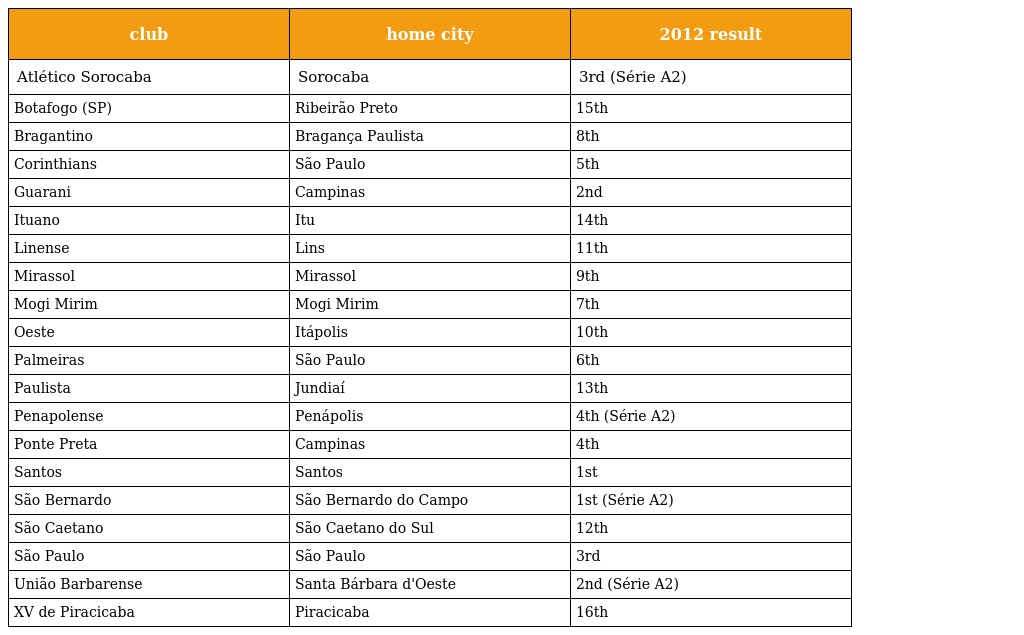
| club | home city | 2012 result |
 | --- | --- | --- |
 | Atlético Sorocaba | Sorocaba | 3rd (Série A2) |
 | Botafogo (SP) | Ribeirão Preto | 15th |
 | Bragantino | Bragança Paulista | 8th |
 | Corinthians | São Paulo | 5th |
 | Guarani | Campinas | 2nd |
 | Ituano | Itu | 14th |
 | Linense | Lins | 11th |
 | Mirassol | Mirassol | 9th |
 | Mogi Mirim | Mogi Mirim | 7th |
 | Oeste | Itápolis | 10th |
 | Palmeiras | São Paulo | 6th |
 | Paulista | Jundiaí | 13th |
 | Penapolense | Penápolis | 4th (Série A2) |
 | Ponte Preta | Campinas | 4th |
 | Santos | Santos | 1st |
 | São Bernardo | São Bernardo do Campo | 1st (Série A2) |
 | São Caetano | São Caetano do Sul | 12th |
 | São Paulo | São Paulo | 3rd |
 | União Barbarense | Santa Bárbara d'Oeste | 2nd (Série A2) |
 | XV de Piracicaba | Piracicaba | 16th |